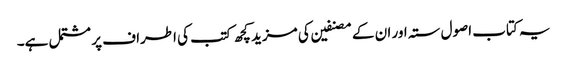
یہ کتاب اصول ستہ اور ان کے مصنفین کی مزید کچھ کتب کی اطراف پر مشتمل ہے۔